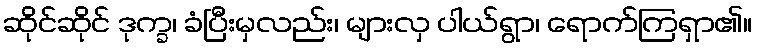
ဆိုင်ဆိုင် ဒုက္ခ၊ ခံပြီးမှလည်း၊ များလှ ပါယ်ရွာ၊ ရောက်ကြရှာ၏။